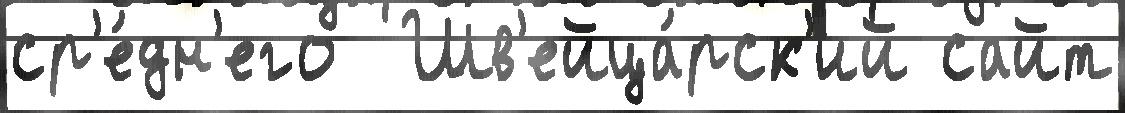
ср'е́дн'его  Шв'ейца́рск'ий сайт